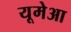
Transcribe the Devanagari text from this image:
यूमेआ